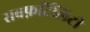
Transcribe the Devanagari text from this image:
सबफ़र्टिलिटी